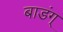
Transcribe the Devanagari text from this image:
बाडंग्